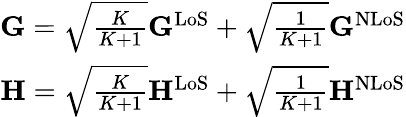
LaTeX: \begin{array}{r}{\mathbf{G}=\sqrt{\frac{K}{K+1}}\mathbf{G}^{\mathrm{LoS}}+\sqrt{\frac{1}{K+1}}\mathbf{G}^{\mathrm{NLoS}}}\\ {\mathbf{H}=\sqrt{\frac{K}{K+1}}\mathbf{H}^{\mathrm{LoS}}+\sqrt{\frac{1}{K+1}}\mathbf{H}^{\mathrm{NLoS}}}\end{array}